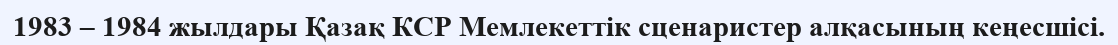
1983 – 1984 жылдары Қазақ КСР Мемлекеттік сценаристер алқасының кеңесшісі.